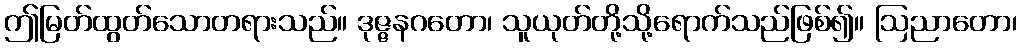
ဤမြတ်ထွတ်သောတရားသည်။ ဒုဇ္ဇနဂတော၊ သူယုတ်တို့သို့ရောက်သည်ဖြစ်၍။ ဩညာတော၊